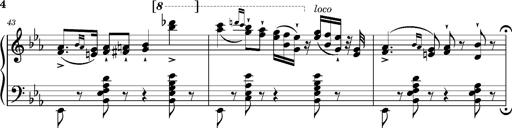
Title: Magyar rapszÃ³diÃ¡k
Composer: Franz Liszt